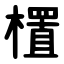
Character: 㯰